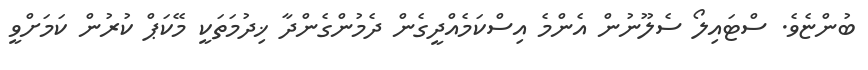
ބުންޏެވެ. ސްޓައިލޯ ސެލޫނުން އެންމެ އިސްކަމެއްދީގެން ދެމުންގެންދާ ޚިދުމަތަކީ މޭކަޕް ކުރުން ކަމަށްވީ